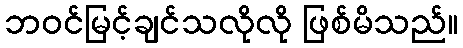
ဘဝင်မြင့်ချင်သလိုလို ဖြစ်မိသည်။